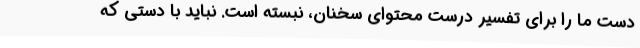
دست ما را برای تفسیر درست محتوای سخنان، نبسته است. نباید با دستی که